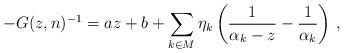
LaTeX: \begin{align*} -G(z,n)^{-1}=az+b+\sum_{k\in M}\eta_k\left(\frac{1}{\alpha_k-z} -\frac{1}{\alpha_k}\right)\,, \end{align*}